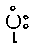
ပုံး